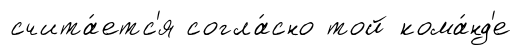
счита́етс'я согла́сно той кома́нд'е